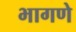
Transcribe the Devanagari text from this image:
भागणे